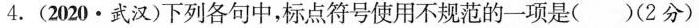
4.(2020\cdot武汉)下列各句中，标点符号使用不规范的一项是（）(2分)